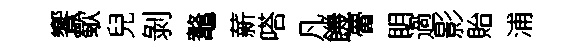
饗歜兒剝鼇薪嗒凡饑瞢眀過影貽浦